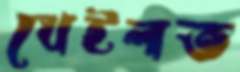
খেইলত